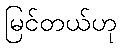
မြင်တယ်ဟု